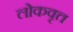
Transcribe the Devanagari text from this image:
लोकवृत्त